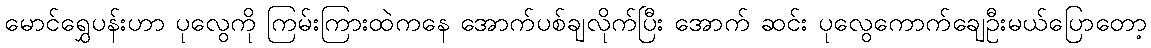
မောင်ရွှေပန်းဟာ ပုလွေကို ကြမ်းကြားထဲကနေ အောက်ပစ်ချလိုက်ပြီး အောက် ဆင်း ပုလွေကောက်ချေဦးမယ်ပြောတော့